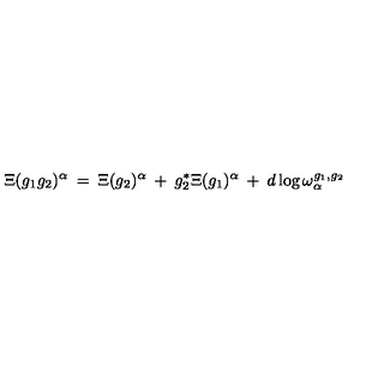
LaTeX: \Xi ( g _ { 1 } g _ { 2 } ) ^ { \alpha } \: = \: \Xi ( g _ { 2 } ) ^ { \alpha } \: + \: g _ { 2 } ^ { * } \Xi ( g _ { 1 } ) ^ { \alpha } \: + \: d \log \omega _ { \alpha } ^ { g _ { 1 } , g _ { 2 } }